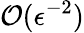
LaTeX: \mathcal{O}(\epsilon^{-2})